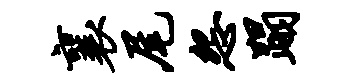
襄尾怨蹋